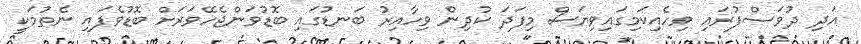
އަދި ދުވަސްފުރައި ވިހެއިކަމިގައިވިޔަސް މިފަދަ ކުދިން ވިހާއިރު ބަނޑުގައި ބޮޑުވަންޖެހޭވަރަށް ބޮޑުވެފައި ނެތުމަކީ